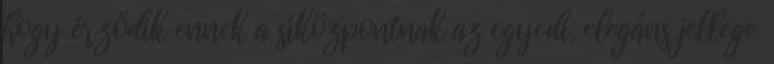
hogy érződik ennek a síközpontnak az egyedi, elegáns jellege.